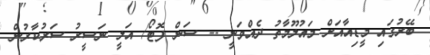
ބޭރުގައި މީޑިއާއަށް މައުލޫމާތު ދެއްވަނީ -- ސަން ފޮޓޯ/ އަލީ ނަސީރު ސަރުކާރުން